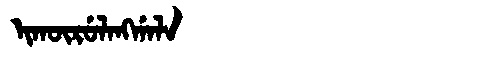
Manchu: ᡳᡴᡡᡵᡠᠯᠠᠩᡤᠠᠯᠠ
Romanization: IKŪRULANGGALA